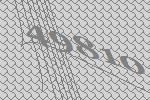
49810